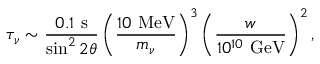
\tau _ { \nu } \sim \frac { 0 . 1 \mathrm { ~ s } } { \sin ^ { 2 } 2 \theta } \left( \frac { 1 0 \mathrm { ~ M e V } } { m _ { \nu } } \right) ^ { 3 } \left( \frac { w } { 1 0 ^ { 1 0 } \mathrm { ~ G e V } } \right) ^ { 2 } ,